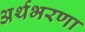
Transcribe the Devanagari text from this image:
अर्थभरणा